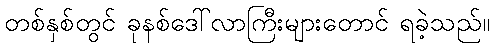
တစ်နှစ်တွင် ခုနစ်ဒေါ်လာကြီးများတောင် ရခဲ့သည်။